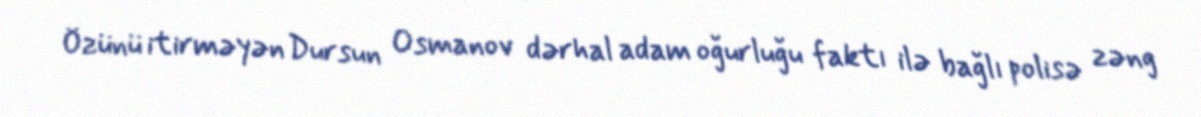
Özünü itirməyən Dursun Osmanov dərhal adam oğurluğu faktı ilə bağlı polisə zəng